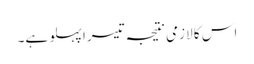
اس کا لازمی نتیجہ تیسرا پہلو ہے۔